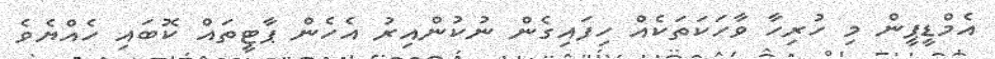
އެމްޑީޕީން މި ހުރިހާ ވާހަކަތަކެއް ހިފައިގެން ނުކުންއިރު އެހެން ޕާޓީތައް ކޮބައި ހެއްޔެވެ